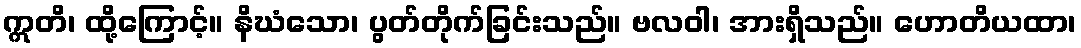
ဣတိ၊ ထို့ကြောင့်။ နိဃံသော၊ ပွတ်တိုက်ခြင်းသည်။ ဗလဝါ၊ အားရှိသည်။ ဟောတိယထာ၊